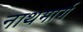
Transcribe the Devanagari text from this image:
नाथमार्ग